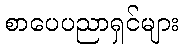
စာပေပညာရှင်များ